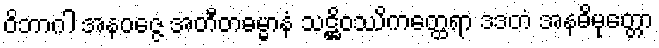
ဝိဘာဂါ အနဝဇ္ဇေ အတီတဓမ္မာနံ သဋ္ဌိဝဿိကတ္ထေရာ ဒဒတံ အနဓိမုတ္တော